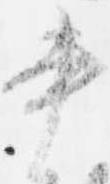
書